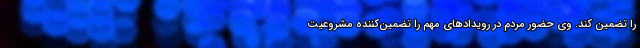
را تضمین کند. وی حضور مردم در رویدادهای مهم را تضمین‌کننده مشروعیت